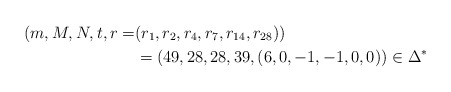
\begin{align*}(m,M,N,t,r=&(r_1, r_2, r_4, r_7, r_{14}, r_{28}))\\&=(49,28,28,39,(6, 0, -1, -1, 0, 0))\in\Delta^*\end{align*}